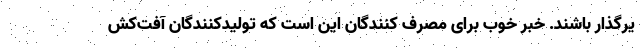
یرگذار باشند. خبر خوب برای مصرف کنندگان این است که تولیدکنندگان آفت‌کش